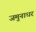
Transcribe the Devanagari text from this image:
जमुनाधर